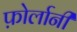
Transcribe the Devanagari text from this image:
फ़ोर्लानी